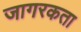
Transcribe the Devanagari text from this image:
जागरकता